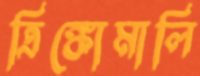
ত্রিঙ্কোমালি